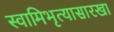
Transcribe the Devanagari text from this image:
स्वामिभृत्यासारखा